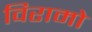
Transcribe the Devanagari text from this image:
विरामो